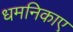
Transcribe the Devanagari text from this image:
धमनिकाए